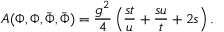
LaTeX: { \cal A } ( \Phi , \Phi , { \bar { \Phi } } , { \bar { \Phi } } ) = { \frac { g ^ { 2 } } { 4 } } \left( { \frac { s t } { u } } + { \frac { s u } { t } } + 2 s \right) .